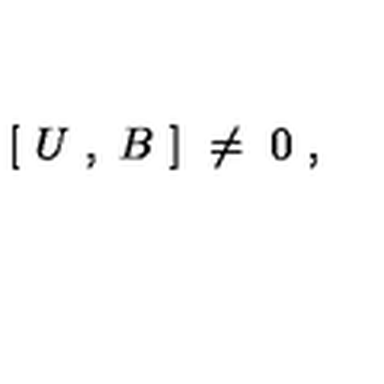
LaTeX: [ \ U \ , \ B \ ] \ \ne \ 0 \ ,